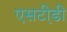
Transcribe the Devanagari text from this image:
एसटी़डी